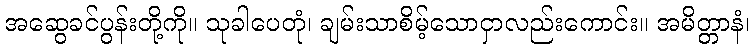
အဆွေခင်ပွန်းတို့ကို။ သုခါပေတုံ၊ ချမ်းသာစိမ့်သောငှာလည်းကောင်း။ အမိတ္တာနံ၊